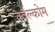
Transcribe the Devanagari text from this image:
क्वैल्कोम